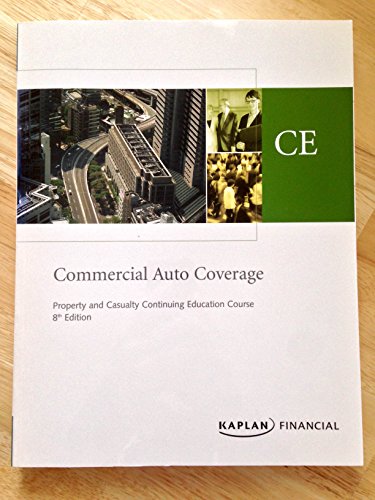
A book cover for Commercial Auto Coverage Text; Kaplan Financial; Engineering & Transportation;